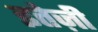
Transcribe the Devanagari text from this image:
इतेज़ी